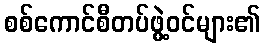
စစ်ကောင်စီတပ်ဖွဲ့ဝင်များ၏